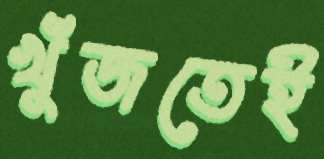
খুঁজতেই